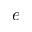
e